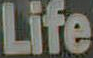
Life